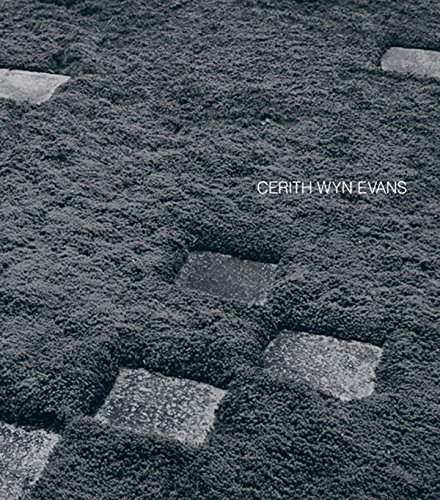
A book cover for Cerith Wyn Evans; HÃ©lÃ¨ne Cixous; Arts & Photography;